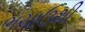
ભચાઉથી